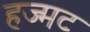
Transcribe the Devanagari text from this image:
हज्मट